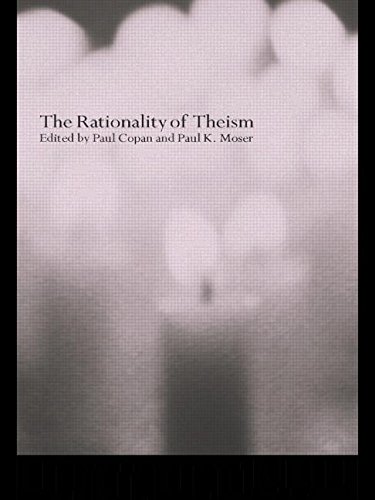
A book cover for The Rationality of Theism; Religion & Spirituality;